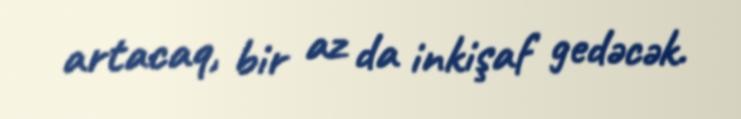
artacaq, bir az da inkişaf gedəcək.